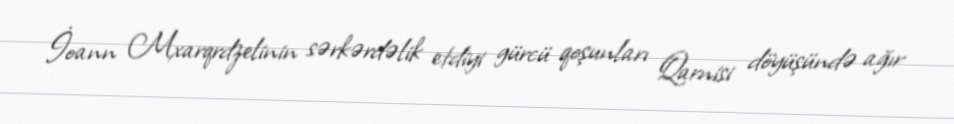
İoann Mxarqrdzelinin sərkərdəlik etdiyi gürcü qoşunları Qarnisi döyüşündə ağır